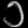
Digit: ၁